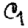
Digit: 9